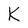
Character: K